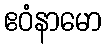
ဧဝံနာမော